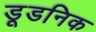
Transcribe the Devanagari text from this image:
डूडनिक